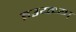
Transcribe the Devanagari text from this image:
इउय्त्य्य्घ्